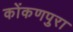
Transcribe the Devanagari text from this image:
कोंकणपुरा